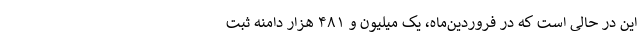
این در حالی است که در فروردین‌ماه، یک میلیون و ۴۸۱ هزار دامنه ثبت